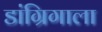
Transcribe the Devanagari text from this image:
डांग्रिगाला